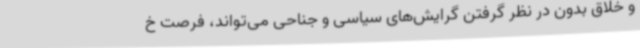
و خلاق بدون در نظر گرفتن گرایش‌های سیاسی و جناحی می‌تواند، فرصت خ